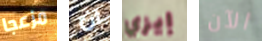
مزعجا ان إيزي الآن